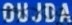
OUJDA